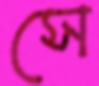
সে